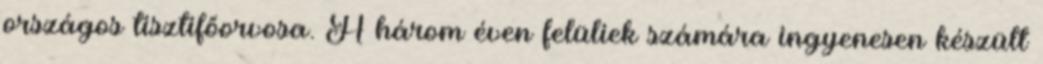
országos tisztifőorvosa. A három éven felüliek számára ingyenesen készült